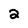
Character: 2